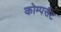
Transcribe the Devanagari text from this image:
कोम्पसैट